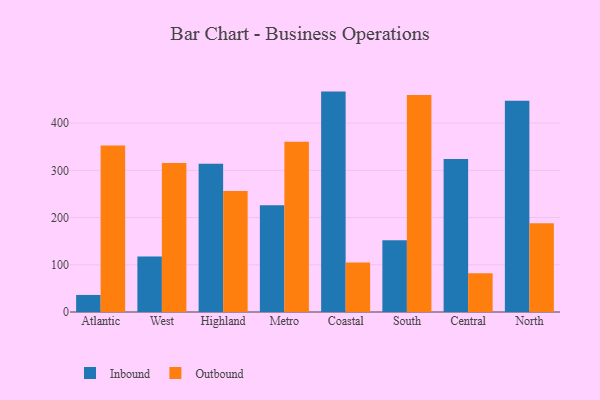
{"axis": {"x": "Region", "y": "Headcount"}, "legend": ["Inbound", "Outbound"], "data": [{"x": "Atlantic", "y": 36.1, "type": "Inbound"}, {"x": "Atlantic", "y": 352.9, "type": "Outbound"}, {"x": "West", "y": 117.5, "type": "Inbound"}, {"x": "West", "y": 315.4, "type": "Outbound"}, {"x": "Highland", "y": 313.9, "type": "Inbound"}, {"x": "Highland", "y": 256.5, "type": "Outbound"}, {"x": "Metro", "y": 226.1, "type": "Inbound"}, {"x": "Metro", "y": 360.7, "type": "Outbound"}, {"x": "Coastal", "y": 466.8, "type": "Inbound"}, {"x": "Coastal", "y": 104.7, "type": "Outbound"}, {"x": "South", "y": 152.2, "type": "Inbound"}, {"x": "South", "y": 459.6, "type": "Outbound"}, {"x": "Central", "y": 323.8, "type": "Inbound"}, {"x": "Central", "y": 82.3, "type": "Outbound"}, {"x": "North", "y": 447.3, "type": "Inbound"}, {"x": "North", "y": 187.8, "type": "Outbound"}]}